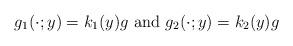
LaTeX: \begin{align*}g_1(\cdot;y)=k_1(y) g \mbox{ and } g_2(\cdot;y)=k_2(y) g\end{align*}